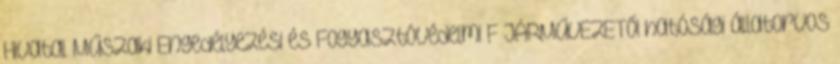
Hivatal Műszaki Engedélyezési és Fogyasztóvédelmi F JÁRMŰVEZETŐI hatósági állatorvos